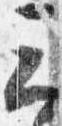
云